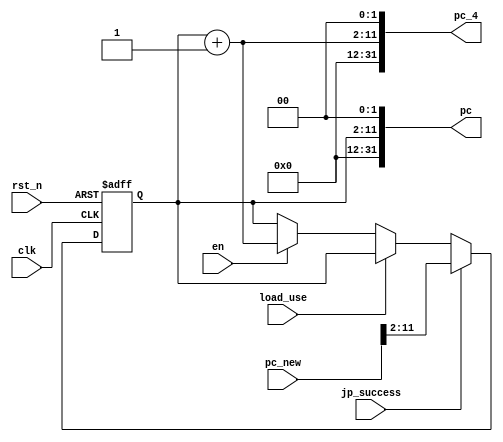
`timescale 1ns / 1ps

// Brief: Program Counter, sychronized
// Description: Update program counter
module SynPC(
    input clk,
    input rst_n,
    input en,
    input load_use,
    //input halt,
    input jp_success,
    input [31:0] pc_new,
    output [31:0] pc, pc_4
    );

    reg [9:0] pc_simp;
    wire [9:0] pc_4_simp = pc_simp + 1;

    assign pc = {{20{1'b0}}, pc_simp, {2{1'b0}}};
    assign pc_4 = {{20{1'b0}}, pc_4_simp, {2{1'b0}}};

    always @(posedge clk, negedge rst_n) begin
        if (!rst_n)
   		    pc_simp = 0;
          else if (jp_success)
            pc_simp = pc_new[11:2];   
        else if(load_use)
            pc_simp = pc_simp;   	   
        else if(en)
            pc_simp = pc_4_simp;
    end
endmodule